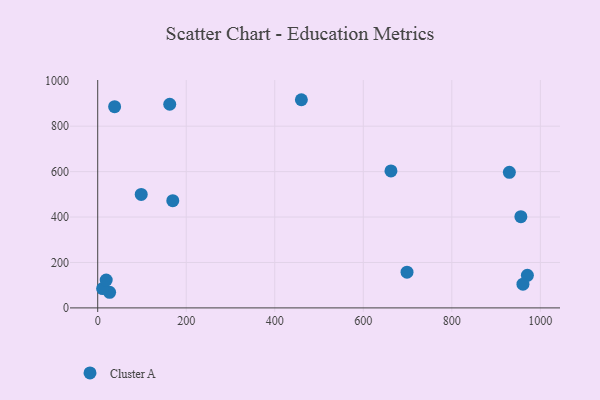
{"axis": {"x": "Ad Spend", "y": "Rating"}, "legend": ["Cluster A"], "data": [{"x": "930.0", "y": 597.0, "type": "Cluster A"}, {"x": "98.3", "y": 499.8, "type": "Cluster A"}, {"x": "970.7", "y": 143.4, "type": "Cluster A"}, {"x": "38.2", "y": 885.9, "type": "Cluster A"}, {"x": "960.7", "y": 104.6, "type": "Cluster A"}, {"x": "956.0", "y": 401.6, "type": "Cluster A"}, {"x": "26.9", "y": 68.8, "type": "Cluster A"}, {"x": "460.1", "y": 916.5, "type": "Cluster A"}, {"x": "11.1", "y": 85.3, "type": "Cluster A"}, {"x": "162.7", "y": 896.6, "type": "Cluster A"}, {"x": "19.2", "y": 122.6, "type": "Cluster A"}, {"x": "698.8", "y": 157.2, "type": "Cluster A"}, {"x": "169.6", "y": 472.0, "type": "Cluster A"}, {"x": "662.5", "y": 603.2, "type": "Cluster A"}]}